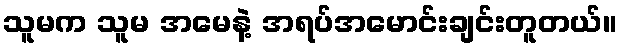
သူမက သူမ အမေနဲ့ အရပ်အမောင်းချင်းတူတယ်။